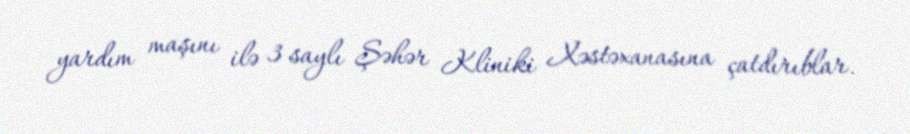
yardım maşını ilə 3 saylı Şəhər Kliniki Xəstəxanasına çatdırıblar.